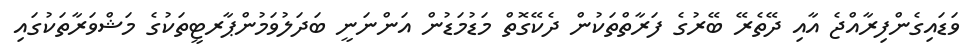
ވަޑައިގެންފިރާއްޖެ އާއި ދޭތެރޭ ބޭރުގެ ފަރާތްތަކުން ދެކޭގޮތް މަޑުމަޑުން އަންނަނީ ބަދަލުވަމުންޕާރޓީތަކުގެ މަޝްވަރާތަކުގައި